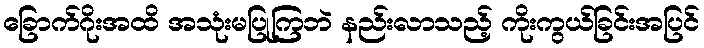
ခြောက်ဂိုးအထိ အသုံးမပြုကြဘဲ နည်းလာသည့် ကိုးကွယ်ခြင်းအပြင်